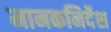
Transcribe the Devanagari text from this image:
मानकनिर्देश